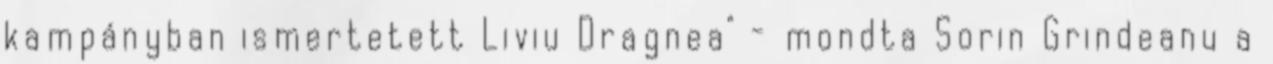
kampányban ismertetett Liviu Dragnea" - mondta Sorin Grindeanu a